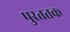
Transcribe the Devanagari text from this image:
पुरततक